Civil Veterinary Dept. Bombay admin report 1907-1913 - 1907-1913
Year: 1907
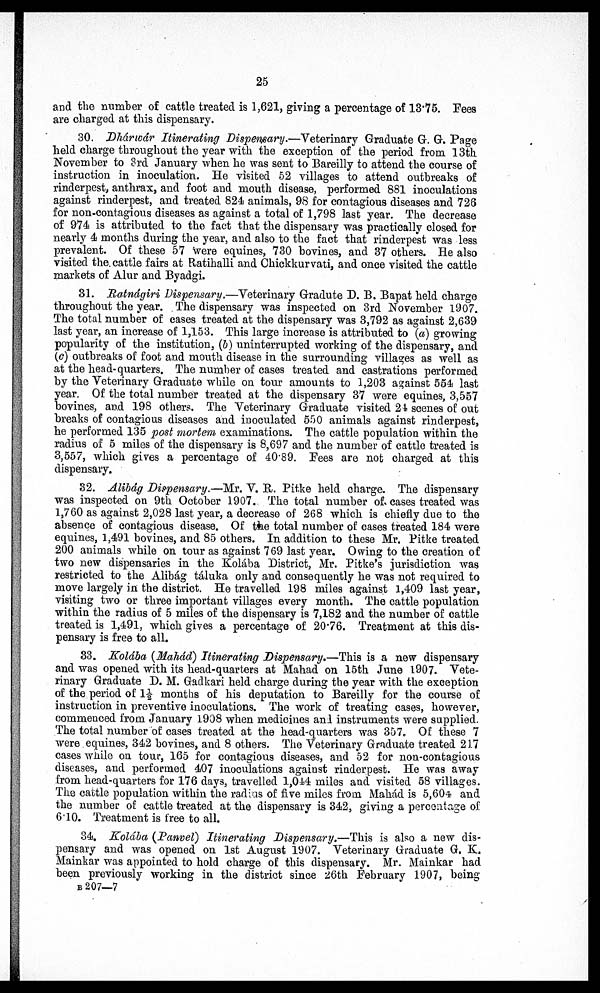
25
and the number of cattle treated is 1,621, giving a percentage of 13.75. Pees
are charged at this dispensary.
30. Dhárwár Itinerating Dispensary.—Veterinary Graduate G. G. Page
held charge throughout the year with the exception of the period from 13th
November to 3rd January when he was sent to Bareilly to attend the course of
instruction in inoculation. He visited 52 villages to attend outbreaks of
rinderpest, anthrax, and foot and mouth disease, performed 881 inoculations
against rinderpest, and treated 824 animals, 98 for contagious diseases and 726
for non-contagious diseases as against a total of 1,798 last year. The decrease
of 974 is attributed to the fact that the dispensary was practically closed for
nearly 4 months during the year, and also to the fact that rinderpest was less
prevalent. Of these 57 were equines, 730 bovines, and 37 others. He also
visited the. cattle fairs at Ratihalli and Chickkurvati, and once visited the cattle
markets of Alur and Byadgi.
31. Ratnágiri Dispensary.—Veterinary Gradute D. B. Bapat held charge
throughout the year. The dispensary was inspected on 3rd November 1907.
The total number of cases treated at the dispensary was 3,792 as against 2,639
last year, an increase of 1,153. This large increase is attributed to (a) growing
popularity of the institution, (b) uninterrupted working of the dispensary, and
(c) outbreaks of foot and mouth disease in the surrounding villages as well as
at the head-quarters. The number of cases treated and castrations performed
by the Veterinary Graduate while on tour amounts to 1,203 against 554 last
year. Of the total number treated at the dispensary 37 were equines, 3,557
bovines, and 198 others. The Veterinary Graduate visited 24 scenes of out
breaks of contagious diseases and inoculated 550 animals against rinderpest,
he performed 135 post mortem examinations. The cattle population within the
radius of 5 miles of the dispensary is 8,697 and the number of cattle treated is
3,557, which gives a percentage of 40.89. Pees are not charged at this
dispensary.
32. Alibág Dispensary.—Mr. V. R. Pitke held charge. The dispensary
was inspected on 9th October 1907. The total number of cases treated was
1,760 as against 2,028 last year, a decrease of 268 which is chiefly due to the
absence of contagious disease. Of the total number of cases treated 184 were
equines, 1,491 bovines, and 85 others. In addition to these Mr. Pitke treated
200 animals while on tour as against 769 last year. Owing to the creation of
two new dispensaries in the Kolába District, Mr. Pitke's jurisdiction was
restricted to the Alibág táluka only and consequently he was not required to
move largely in the district. He travelled 198 miles against 1,409 last year,
visiting two or three important villages every month. The cattle population
within the radius of 5 miles of the dispensary is 7,182 and the number of cattle
treated is 1,491, which gives a percentage of 20.76. Treatment at this dis-
pensary is free to all.
33. Kolába (Mahád) Itinerating Dispensary.—This is a new dispensary
and was opened with its head-quarters at Mahad on 15th June 1907. Vete-
rinary Graduate D. M. Gadkari held charge during the year with the exception
of the period of 1½ months of his deputation to Bareilly for the course of
instruction in preventive inoculations. The work of treating cases, however,
commenced from January 1908 when medicines and instruments were supplied.
The total number of cases treated at the head-quarters was 357. Of these 7
were equines, 342 bovines, and 8 others. The Veterinary Graduate treated 217
cases while on tour, 165 for contagious diseases, and 52 for non-contagious
diseases, and performed 407 inoculations against rinderpest. He was away
from head-quarters for 176 days, travelled 1,044 miles and visited 58 villages.
The cattle population within the radius of five miles from Mahad is 5,604 and
the number of cattle treated at the dispensary is 342, giving a percentage of
6.10. Treatment is free to all.
34. Kolába (Panvel) Itinerating Dispensary.—This is also a new dis-
pensary and was opened on 1st August 1907. Veterinary Graduate G. K.
Mainkar was appointed to hold charge of this dispensary. Mr. Mainkar had
been previously working in the district since 26th February 1907, being
B 207—7